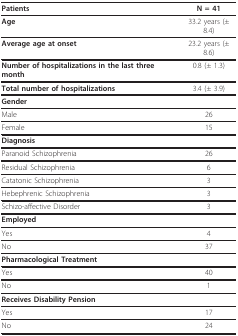
<table><thead><tr><td><b>Patients</b></td><td><b>N = 41</b></td></tr></thead><tbody><tr><td><b>Age</b></td><td>33.2 years (± 8.4)</td></tr><tr><td><b>Average age at onset</b></td><td>23.2 years (± 8.6)</td></tr><tr><td><b>Number of hospitalizations in the last three month</b></td><td>0.8 (± 1.3)</td></tr><tr><td><b>Total number of hospitalizations</b></td><td>3.4 (± 3.9)</td></tr><tr><td><b>Gender</b></td><td>[EMPTY_CELL]</td></tr><tr><td>Male</td><td>26</td></tr><tr><td>Female</td><td>15</td></tr><tr><td><b>Diagnosis</b></td><td>[EMPTY_CELL]</td></tr><tr><td>Paranoid Schizophrenia</td><td>26</td></tr><tr><td>Residual Schizophrenia</td><td>6</td></tr><tr><td>Catatonic Schizophrenia</td><td>3</td></tr><tr><td>Hebephrenic Schizophrenia</td><td>3</td></tr><tr><td>Schizo-affective Disorder</td><td>3</td></tr><tr><td><b>Employed</b></td><td>[EMPTY_CELL]</td></tr><tr><td>Yes</td><td>4</td></tr><tr><td>No</td><td>37</td></tr><tr><td><b>Pharmacological Treatment</b></td><td>[EMPTY_CELL]</td></tr><tr><td>Yes</td><td>40</td></tr><tr><td>No</td><td>1</td></tr><tr><td><b>Receives Disability Pension</b></td><td>[EMPTY_CELL]</td></tr><tr><td>Yes</td><td>17</td></tr><tr><td>No</td><td>24</td></tr></tbody></table>